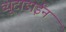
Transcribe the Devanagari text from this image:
व्यूटाडाईन